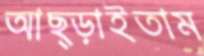
আছ্‌ড়াইতাম